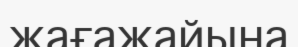
жағажайына